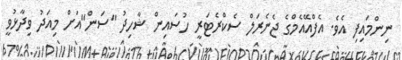
ނިންމައިފި އެވެ. އެފްއޭއެމްގެ ޖެނެރަލް ސެކްރެޓަރީ ހުސައިން ޝާހިދު "ސަން"އަށް މިއަދު ވިދާޅުވީ